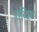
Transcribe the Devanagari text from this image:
शब्दिका